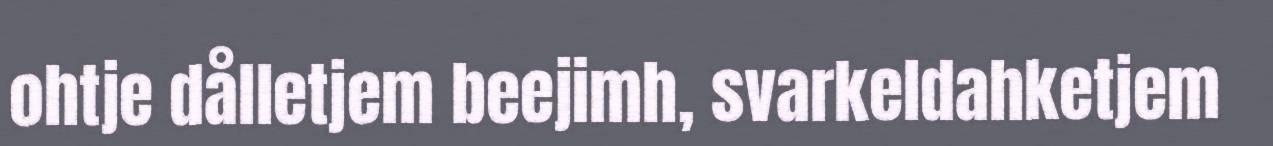
ohtje dålletjem beejimh, svarkeldahketjem